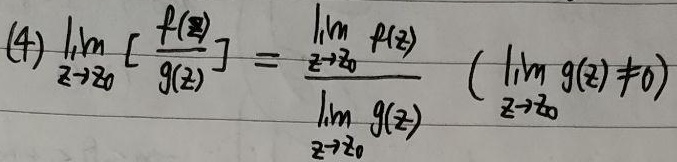
\[(4)\lim_{z \to z_0} \left[\frac{f(z)}{g(z)}\right]=\frac{\lim_{z \to z_0} f(z)}{\lim_{z \to z_0} g(z)}\quad (\lim_{z \to z_0} g(z) \neq 0)\]